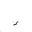
Letter: _hamza